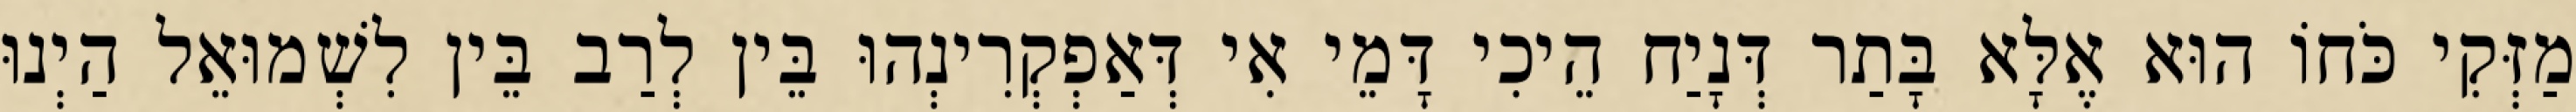
מַזְּקִי כֹּחוֹ הוּא אֶלָּא בָּתַר דְּנָיַח הֵיכִי דָּמֵי אִי דְּאַפְקְרִינְהוּ בֵּין לְרַב בֵּין לִשְׁמוּאֵל הַיְנוּ